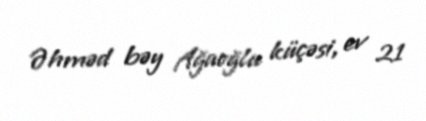
Əhməd bəy Ağaoğlu küçəsi, ev 21